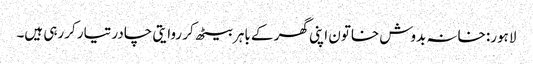
لاہور: خانہ بدوش خاتون اپنی گھر کے باہر بیٹھ کر روایتی چادر تیار کررہی ہیں۔